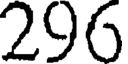
296